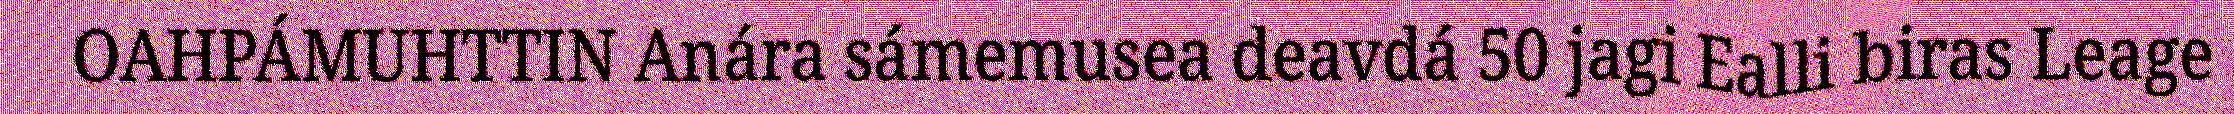
OAHPÁMUHTTIN Anára sámemusea deavdá 50 jagi Ealli biras Leage